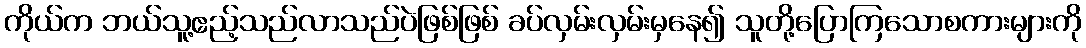
ကိုယ်က ဘယ်သူ့ဧည့်သည်လာသည်ပဲဖြစ်ဖြစ် ခပ်လှမ်းလှမ်းမှနေ၍ သူတို့ပြောကြသောစကားများကို